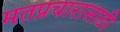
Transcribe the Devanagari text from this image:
मतप्रचारासाठी